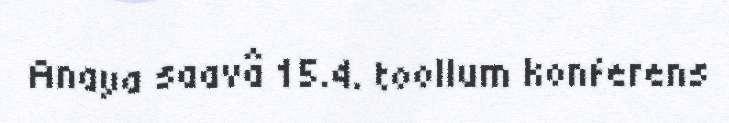
Anaya saavâ 15.4. toollum konferens